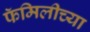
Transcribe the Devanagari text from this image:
फॅमिलीच्या